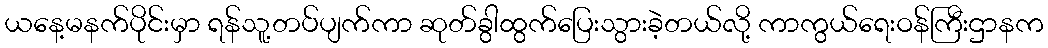
ယနေ့မနက်ပိုင်းမှာ ရန်သူ့တပ်ပျက်ကာ ဆုတ်ခွါထွက်ပြေးသွားခဲ့တယ်လို့ ကာကွယ်ရေးဝန်ကြီးဌာနက